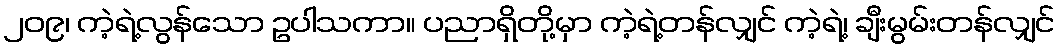
၂၀၉၊ ကဲ့ရဲ့လွန်သော ဥပါသကာ။ ပညာရှိတို့မှာ ကဲ့ရဲ့တန်လျှင် ကဲ့ရဲ့၊ ချီးမွမ်းတန်လျှင်